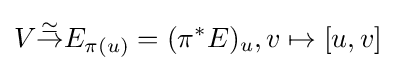
V{\overset {\simeq }{\to }}E_{\pi (u)}=(\pi ^{*}E)_{u},v\mapsto [u,v]